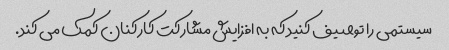
سیستمی را توصیف کنید که به افزایش مشارکت کارکنان کمک می کند.